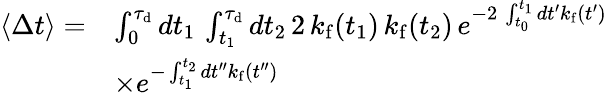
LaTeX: \begin{array}{rl}{\langle\Delta t\rangle=}&{\int_{0}^{\tau_{\mathrm{d}}}dt_{1}\, \int_{t_{1}}^{\tau_{\mathrm{d}}}dt_{2}\, 2\, k_{\mathrm{f}}(t_{1})\, k_{\mathrm{f}}(t_{2})\, e^{-2\, \int_{t_{0}}^{t_{1}}dt^{\prime}k_{\mathrm{f}}(t^{\prime})}}\\ &{\times e^{-\int_{t_{1}}^{t_{2}}dt^{\prime\prime}k_{\mathrm{f}}(t^{\prime\prime})}}\end{array}